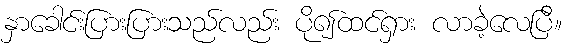
နှာခေါင်းပြားပြားသည်လည်း ပို၍ထင်ရှား လာခဲ့လေပြီ။